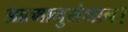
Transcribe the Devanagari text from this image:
आत्मानुसंधान।